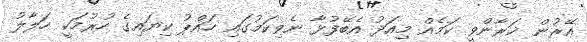
އޭރުން ޚަރާންވީ ކަމެއް މިއަދު އެބޭފުޅާ ނެވިކަމުގައި ހައްޕު ކިޔައިގެ ހުރުމަކީ ހަލާލު